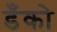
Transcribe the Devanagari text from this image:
डँको